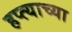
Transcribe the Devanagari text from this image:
हप्‍त्याच्या